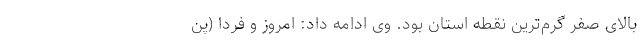
بالای صفر گرم‌ترین نقطه استان بود. وی ادامه داد: امروز و فردا (پن